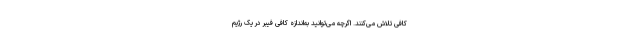
کافی تلاش می‌کنند. اگرچه می‌توانید به‌اندازه کافی فیبر در یک رژیم